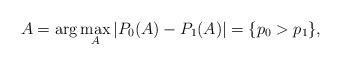
LaTeX: \begin{align*}A=\arg\max_A|P_0(A)-P_1(A)|=\{p_0>p_1\},\end{align*}